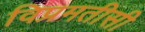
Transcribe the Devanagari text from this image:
विप्रमतीसी